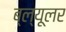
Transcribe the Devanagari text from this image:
ब्ल्यूलर